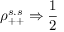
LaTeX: \rho _ { + + } ^ { s . s } \Rightarrow { \frac { 1 } { 2 } }